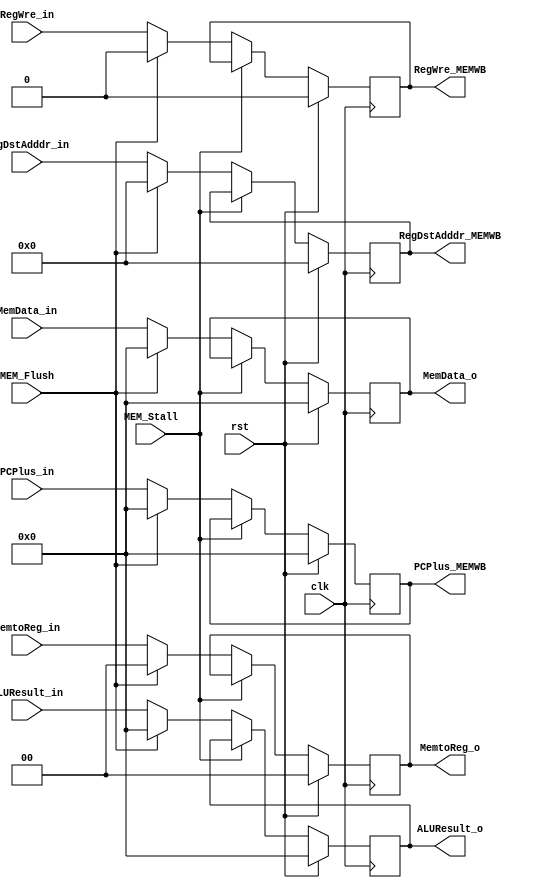
module MEMWBREG(
    input clk,
    input rst,
    input MEM_Stall,
    input MEM_Flush,
    input[31:0] PCPlus_in,
    input[31:0] ALUResult_in,
    input[31:0] MemData_in,
    input[4:0] RegDstAdddr_in,
    output reg[31:0] PCPlus_MEMWB,
    output reg[31:0] ALUResult_o,
    output reg[31:0] MemData_o,
    output reg[4:0] RegDstAdddr_MEMWB,
    //Control
    input[1:0] MemtoReg_in,
    input RegWre_in,
    output reg[1:0] MemtoReg_o,
    output reg RegWre_MEMWB
);

initial
begin
    PCPlus_MEMWB <= 0;
    ALUResult_o <= 0;
    MemData_o <= 0;
    RegDstAdddr_MEMWB <= 0;
    MemtoReg_o <= 0;
    RegWre_MEMWB <= 0;
end

always @(posedge clk) begin
    if(rst)
    begin
        PCPlus_MEMWB <= 0;
        ALUResult_o <= 0;
        MemData_o <= 0;
        RegDstAdddr_MEMWB <= 0;
        MemtoReg_o <= 0;
        RegWre_MEMWB <= 0;
    end
    else if(!MEM_Stall)
    begin
        if(MEM_Flush)
        begin
            PCPlus_MEMWB <= 0;
            ALUResult_o <= 0;
            MemData_o <= 0;
            RegDstAdddr_MEMWB <= 0;
            MemtoReg_o <= 0;
            RegWre_MEMWB <= 0;
        end

        else
        begin
            PCPlus_MEMWB <= PCPlus_in;
            ALUResult_o <= ALUResult_in;
            MemData_o <= MemData_in;
            RegDstAdddr_MEMWB <= RegDstAdddr_in;
            MemtoReg_o <= MemtoReg_in;
            RegWre_MEMWB <= RegWre_in;
        end
    end
end

endmodule // MEMWBREG